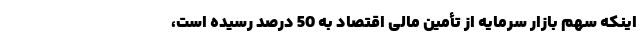
اینکه سهم بازار سرمایه از تأمین مالی اقتصاد به 50 درصد رسیده است،